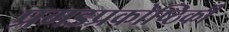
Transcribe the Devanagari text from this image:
प्रगडप्रकोष्ठिकी